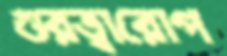
গুরত্বারোপ